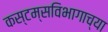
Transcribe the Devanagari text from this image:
कस्टम्सविभागाच्या